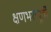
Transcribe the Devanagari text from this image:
क्षणभरापूर्वी